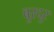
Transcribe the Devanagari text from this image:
बुरदुर